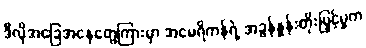
ဒီလိုအခြေအနေတွေကြားမှာ အမေရိကန်ရဲ့ အခွန်နှုန်းတိုးမြှင့်မှုက